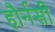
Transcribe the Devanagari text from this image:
हौर्नसी